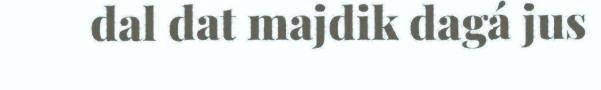
dal dat majdik dagá jus